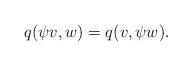
LaTeX: \begin{align*} q(\psi v,w)=q(v,\psi w).\end{align*}